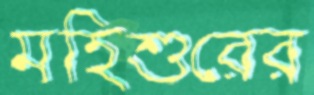
মহিশুরের